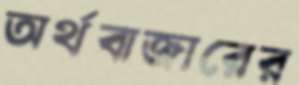
অর্থবাজারের